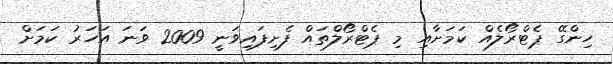
ހިންގޭ ޕެޓްރޯލެއް ކަމަށާއި މި ޕެޓްރޯލްތައް ފެށިފައިވަނީ 2009 ވަނަ އަހަރު ކަމަށް